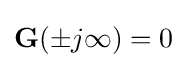
{\textbf {G}}(\pm j\infty )=0